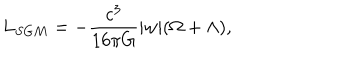
L _ { S G M } = - { \frac { c ^ { 3 } } { 1 6 { \pi } G } } \vert w \vert ( \Omega + \Lambda ) ,